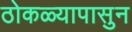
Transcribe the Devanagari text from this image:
ठोकळ्यापासुन